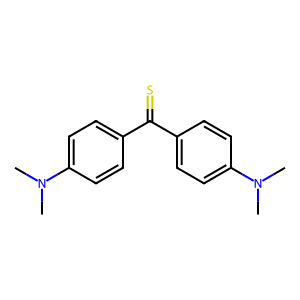
SMILES: CN(C)c1ccc(C(=S)c2ccc(N(C)C)cc2)cc1
Inhibits HIV replication: No